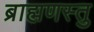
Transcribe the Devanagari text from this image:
ब्राह्मणस्तु